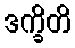
ဒက္ခိတိ